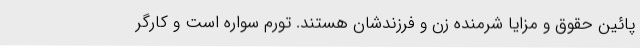
پائین حقوق و مزایا شرمنده زن و فرزندشان هستند. تورم سواره است و کارگر